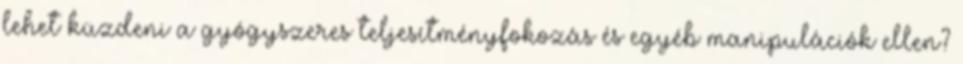
lehet küzdeni a gyógyszeres teljesítményfokozás és egyéb manipulációk ellen?